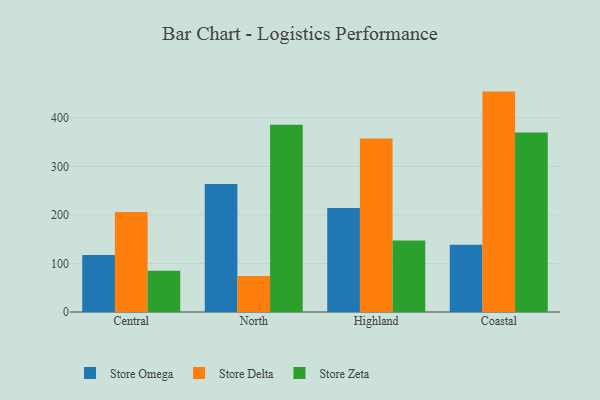
{"axis": {"x": "Region", "y": "Customer Acquisition Cost (USD)"}, "legend": ["Store Delta", "Store Omega", "Store Zeta"], "data": [{"x": "Central", "y": 117.5, "type": "Store Omega"}, {"x": "Central", "y": 206.0, "type": "Store Delta"}, {"x": "Central", "y": 84.9, "type": "Store Zeta"}, {"x": "North", "y": 263.9, "type": "Store Omega"}, {"x": "North", "y": 74.2, "type": "Store Delta"}, {"x": "North", "y": 385.8, "type": "Store Zeta"}, {"x": "Highland", "y": 214.2, "type": "Store Omega"}, {"x": "Highland", "y": 357.8, "type": "Store Delta"}, {"x": "Highland", "y": 147.4, "type": "Store Zeta"}, {"x": "Coastal", "y": 138.8, "type": "Store Omega"}, {"x": "Coastal", "y": 454.2, "type": "Store Delta"}, {"x": "Coastal", "y": 369.7, "type": "Store Zeta"}]}